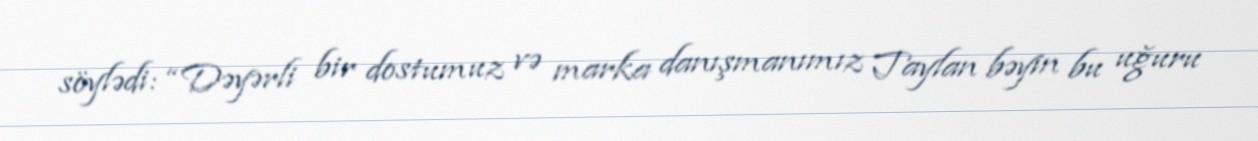
söylədi: “Dəyərli bir dostumuz və marka danışmanımız Taylan bəyin bu uğuru